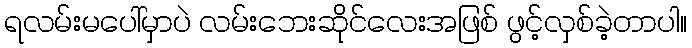
ရလမ်းမပေါ်မှာပဲ လမ်းဘေးဆိုင်လေးအဖြစ် ဖွင့်လှစ်ခဲ့တာပါ။